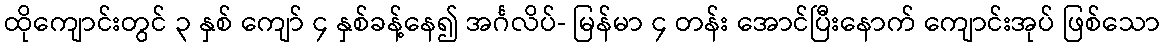
ထိုကျောင်းတွင် ၃ နှစ် ကျော် ၄ နှစ်ခန့်နေ၍ အင်္ဂလိပ်- မြန်မာ ၄ တန်း အောင်ပြီးနောက် ကျောင်းအုပ် ဖြစ်သော